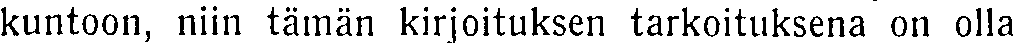
kuntoon, niin tämän kirjoituksen tarkoituksena on olla